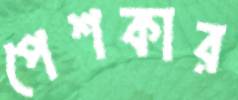
পেশকার